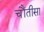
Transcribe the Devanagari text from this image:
चौंतीसा